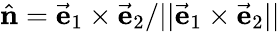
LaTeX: \hat{\mathbf n}=\vec{\mathbf e}_{1}\times\vec{\mathbf e}_{2}/||\vec{\mathbf e}_{1}\times\vec{\mathbf e}_{2}||